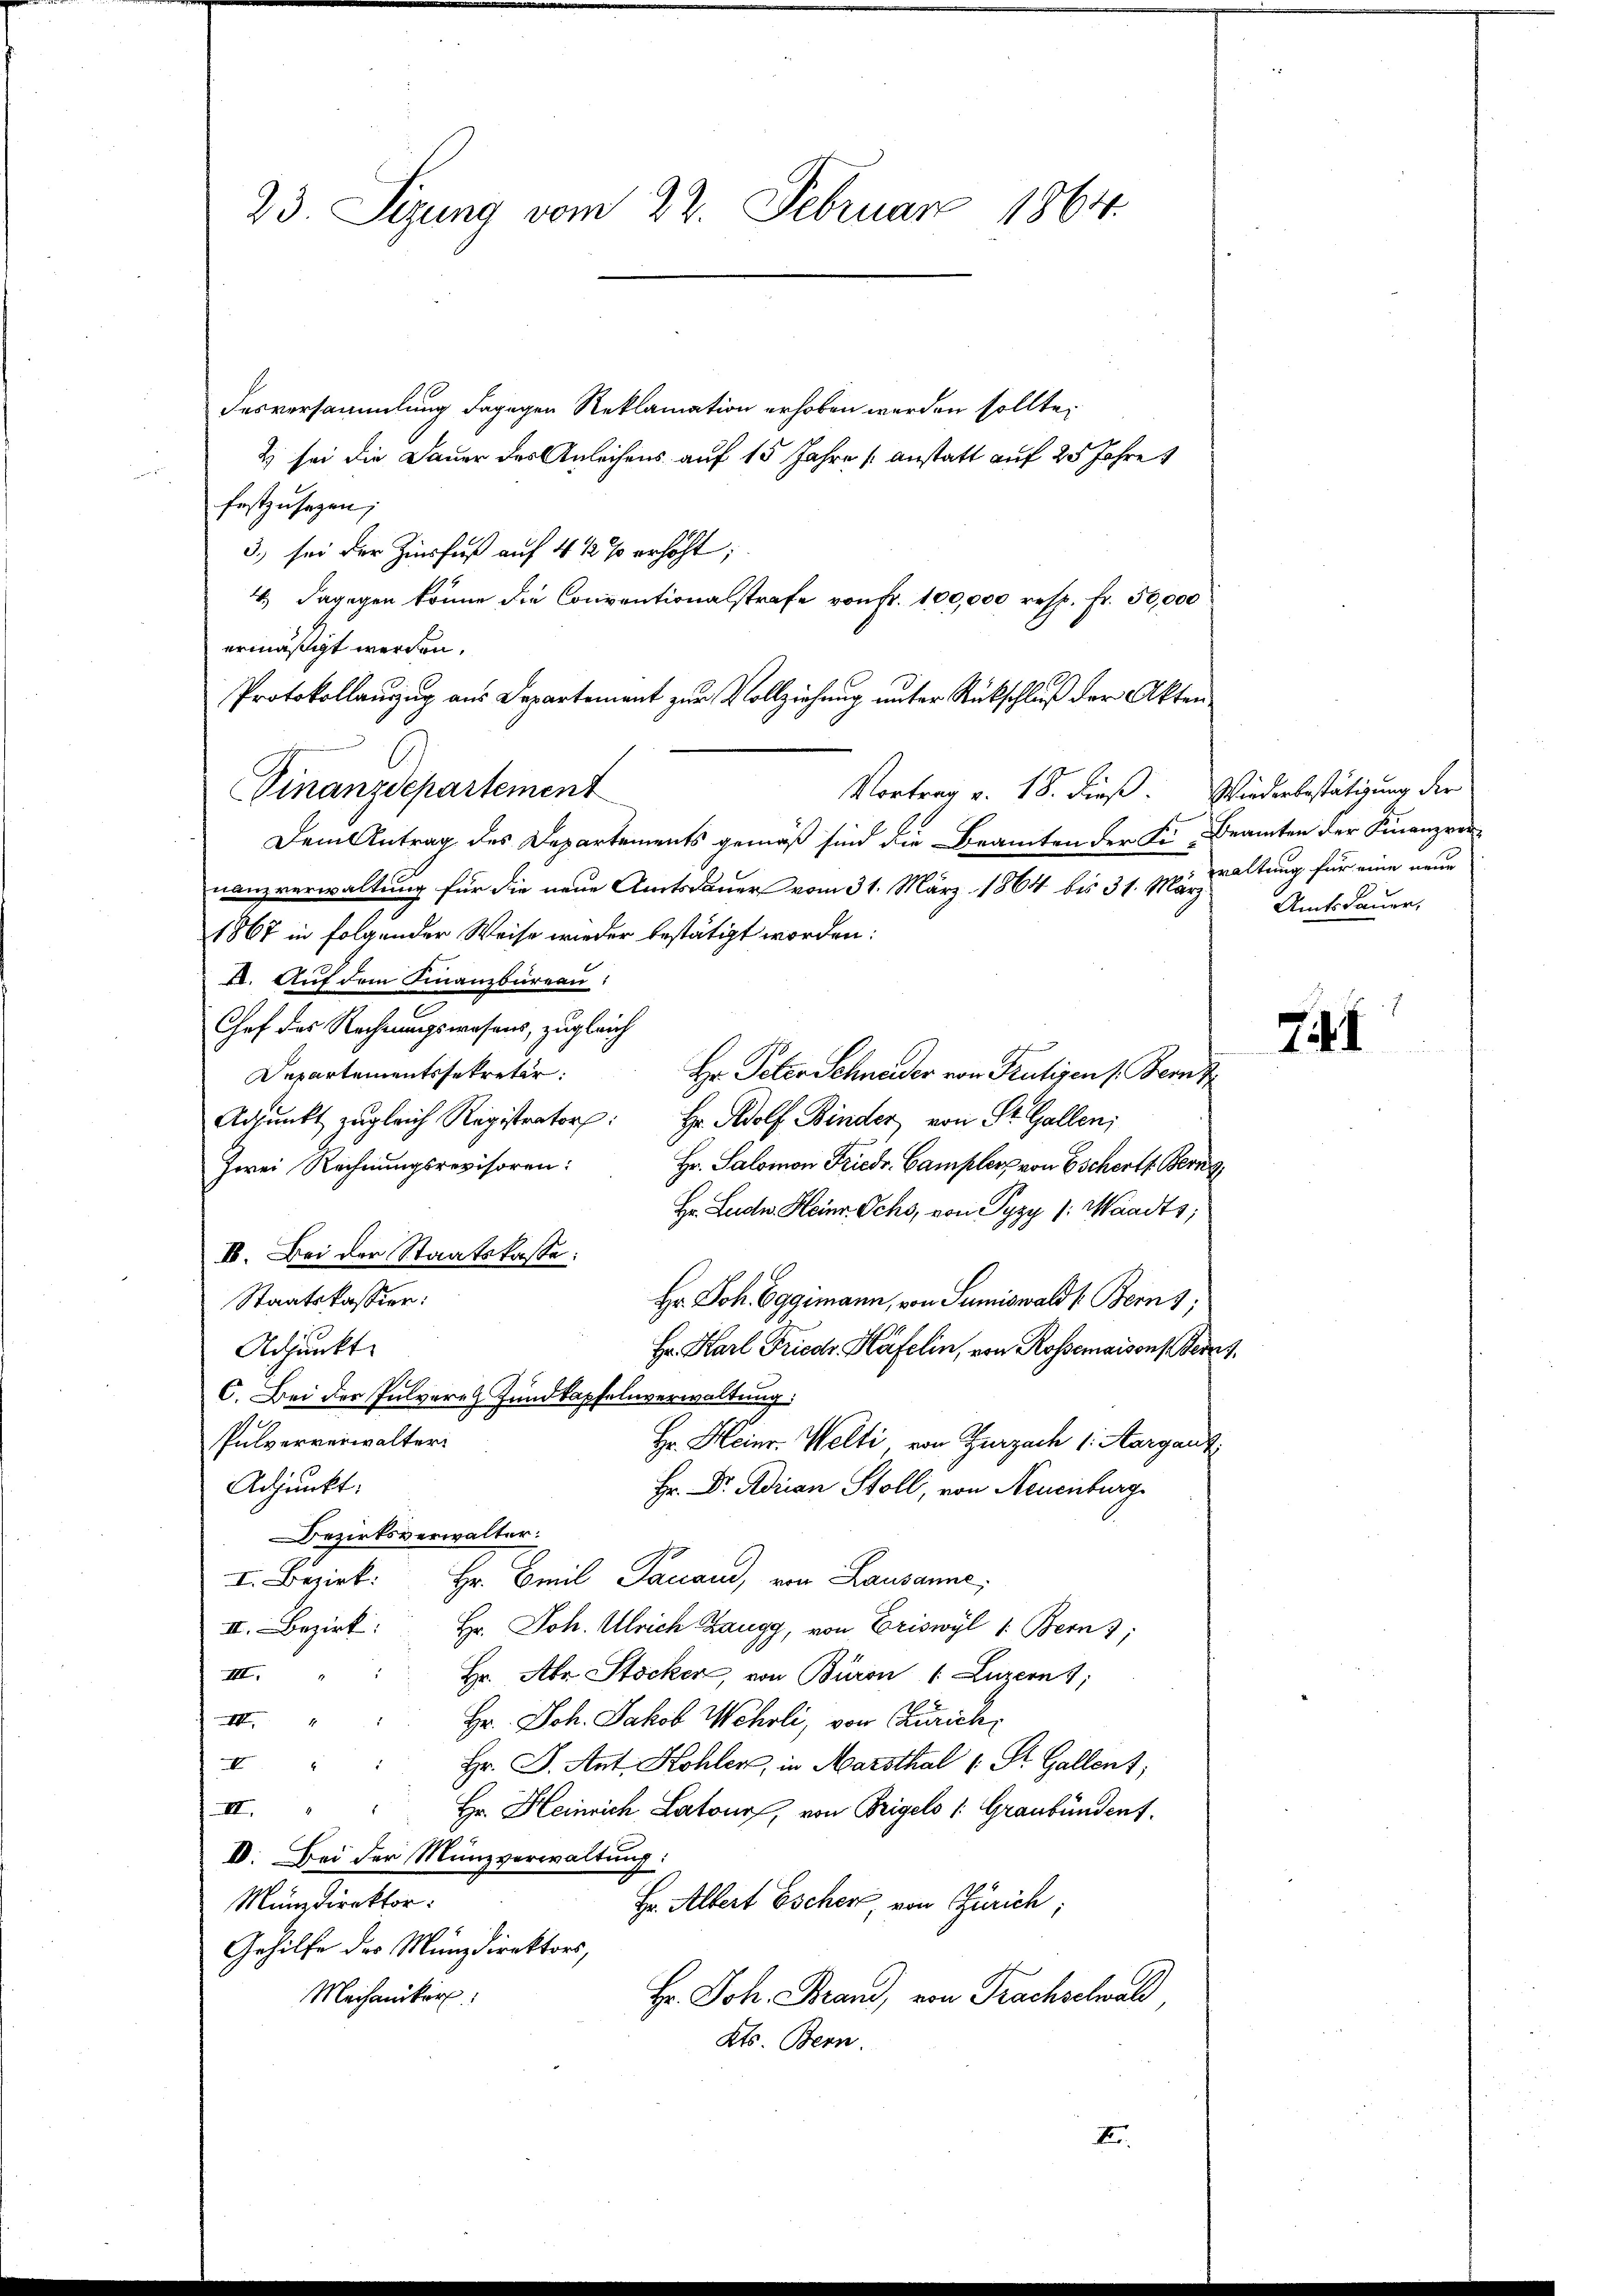
23. Sizung vom 22. Februar 1864.

desversammlung dagegen Reklamation erhoben werden sollte,
& sei die Dauer der Anleihens auf 15 Jahre anstatt auf 25 Jahre
r
festzusetzen;
3. sei der Zinsfuß auf 4 ½ % erhöht;
4.) Dagegen könne die Conventionalstrafe von Fr. 100,000 resp. fr. 50,000
ermäßigt werden.
Protokollanzug aus Departement zur Vollziehung unter Rückschluß der Akten
Finanzdepartement
Vortrag v. 18. dieß. Wiederbestätigung der
Dem Antrag des Departements gemäß sind die Beamten der Fr. Beamten der Finanzvornanzverwaltung für die neue Amtsdauer vom 31. März 1864 bis 31. März
1867 in folgender Weise wieder bestätigt worden:
2. Auf dem Finanzbüreau!
Chef des Rechnungswesens, zugleich
Departementssekretär:
Hr. Peter Schneider von Frutigen Bern z
Adpŭnkt zugleich Registrator: Hr. Adolf Binder, von St. Galleni
Zwei Rechnungsrevisoren: Hr. Salomon Friedr. Camplers von Escherts Bern
Hr. Ludn. Heinr. Ochs, von Pyzy (: Waadts;
I. Bei der Staatskasse:
Staatskassier:
Hr. Joh. Eggimann, von Sumiswald 1. Berns;
Adjunkt
Hr. Karl Friedr. Häfelin, von Rossemaison herrs
C. Bei der Pulvere Zundkapfelnverwaltung:
Pulververwalter
Hr. Heinr. Welti, von Zurzach 1. Aargart
Adjunkt:
Hr. Dr. Adrian Stoll, von Neuenburg
Bezirksverwalter:
I. Bezirk: Hr. Emil Taciand, von Lausanne;
II. Bezirk: Hr. Joh. Ulrich Zaugg, von Eriswyl 1. Bern 3;
III. " " Hr. Aber Stocker, von Büron 1 Luzern;
Hr. Joh. Jakob Wehrli, von Zürich,
III
Hr. J. Ant. Kohler, in Marsthal 1 Fr. Gallent,
I
II. " " Hr. Heinrich Latour, von Brigels /: Graubünden.
D. Bei der Münzverwaltung:
Münzdirektor:
Hr. Albert Escher, von Zürich;
Gehilfe des Münzdirektors,
Hr. Joh. Brand, von Prachschwald
Mechaniker
Kts. Bern.
E

waltung für eine neue
Amtsdauer,

741